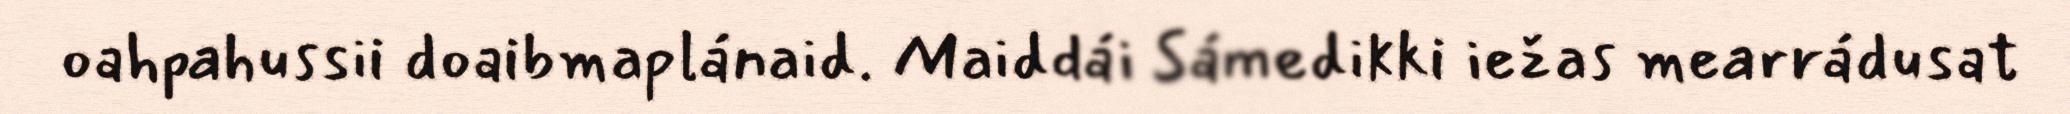
oahpahussii doaibmaplánaid. Maiddái Sámedikki iežas mearrádusat